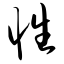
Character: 性